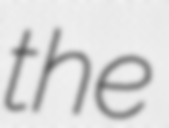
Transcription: the